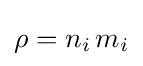
\rho =n_{i}\,m_{i}